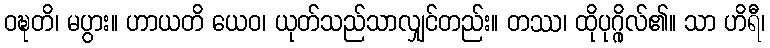
ဝဍ္ဎတိ၊ မပွား။ ဟာယတိ ယေဝ၊ ယုတ်သည်သာလျှင်တည်း။ တဿ၊ ထိုပုဂ္ဂိုလ်၏။ သာ ဟိရီ၊